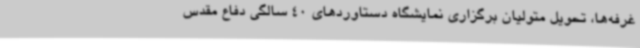
غرفه‌ها، تحویل متولیان برگزاری نمایشگاه دستاوردهای 40 سالگی دفاع مقدس